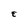
Character: E